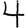
Digit: 4